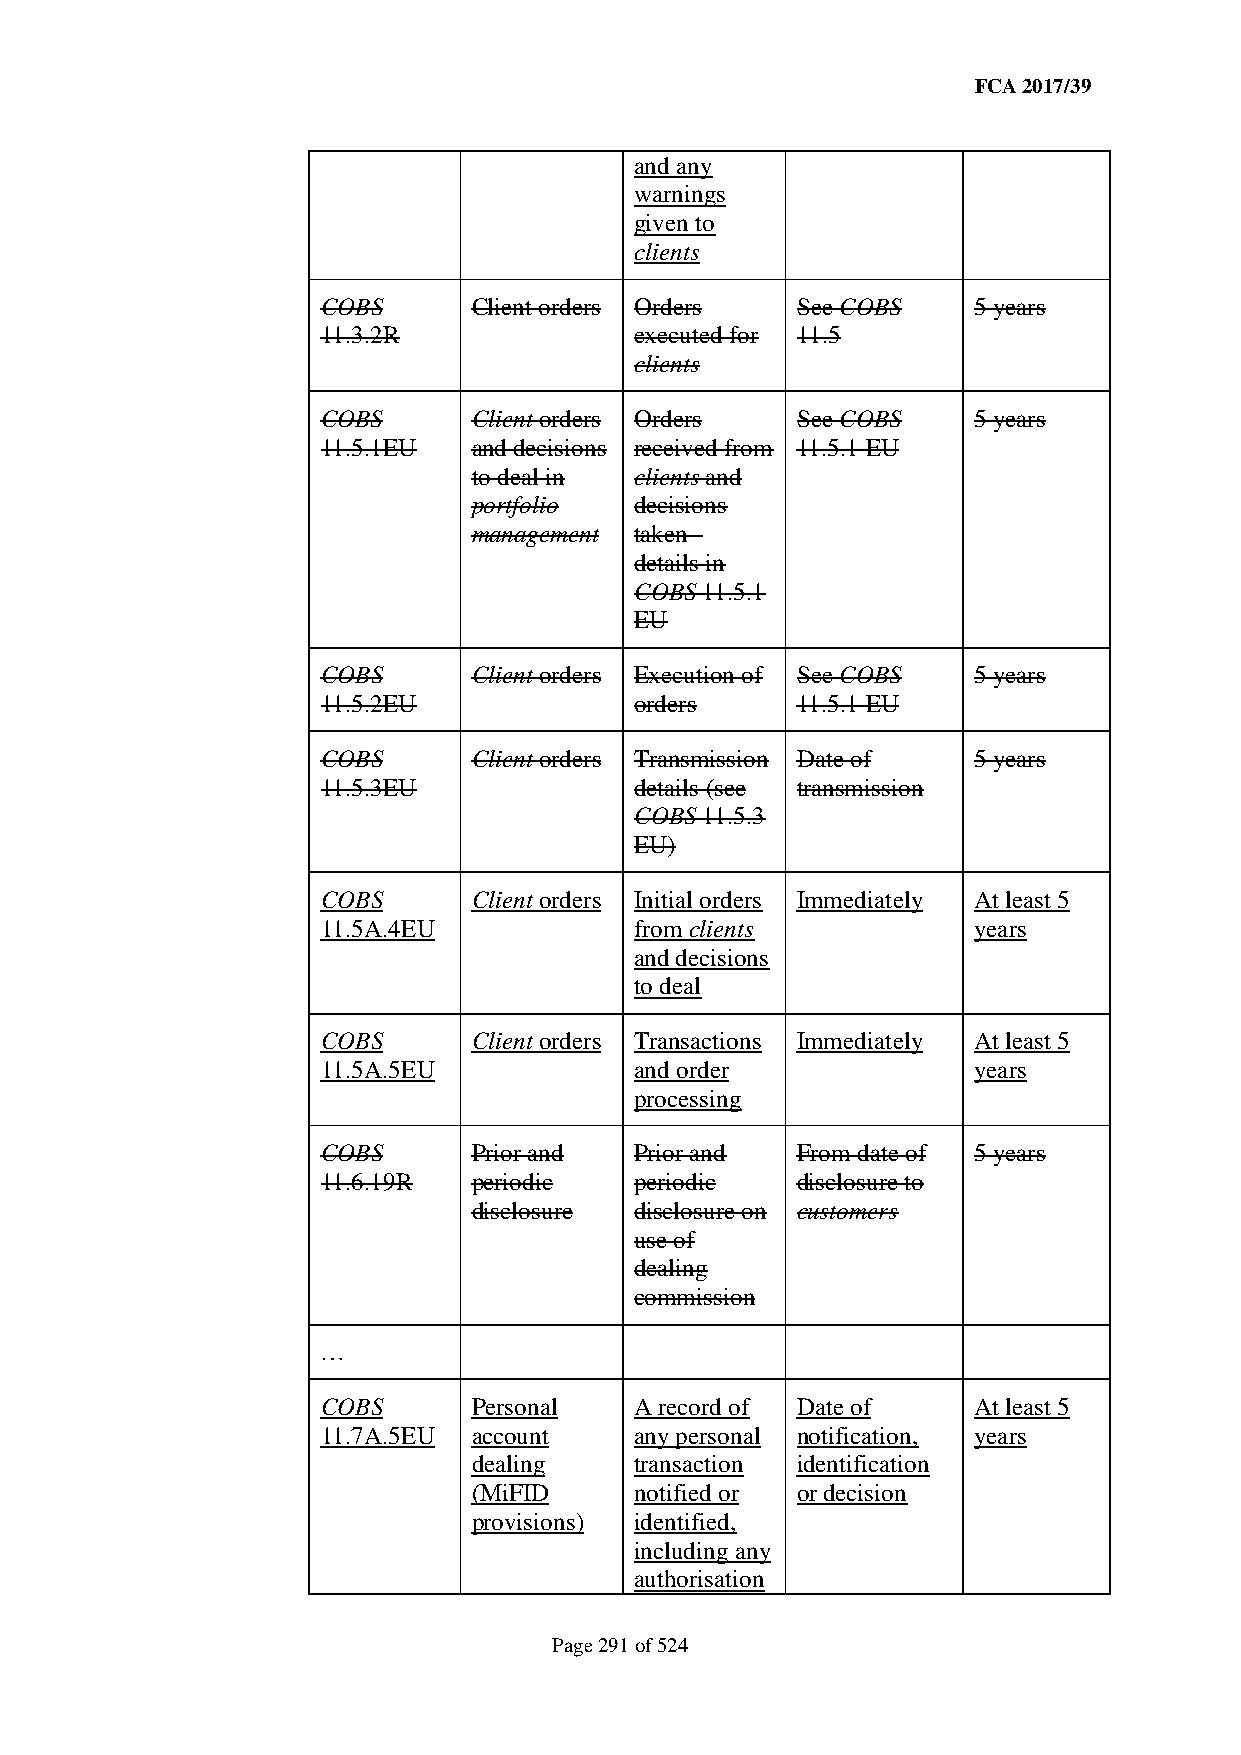
FCA 2017/39
 and any
 warnings
 given to
 clients
 COBS      Client orders Orders  See COBS   5 years
 11.3.2R              executed for 11.5
 clients
 COBS      Client orders Orders  See COBS   5 years
 11.5.1EU  and decisions received from 11.5.1 EU
 to deal in clients and
 portfolio  decisions
 management taken -
 details in
 COBS 11.5.1
 EU
 COBS      Client orders Execution of See COBS 5 years
 11.5.2EU             orders     11.5.1 EU
 COBS      Client orders Transmission Date of 5 years
 11.5.3EU             details (see transmission
 COBS 11.5.3
 EU)
 COBS      Client orders Initial orders Immediately At least 5
 11.5A.4EU            from clients          years
 and decisions
 to deal
 COBS      Client orders Transactions Immediately At least 5
 11.5A.5EU            and order             years
 processing
 COBS      Prior and  Prior and  From date of 5 years
 11.6.19R  periodic   periodic   disclosure to
 disclosure disclosure on customers
 use of
 dealing
 commission
 …
 COBS      Personal   A record of Date of   At least 5
 11.7A.5EU account    any personal notification, years
 dealing    transaction identification
 (MiFID     notified or or decision
 provisions) identified,
 including any
 authorisation
 Page 291 of 524